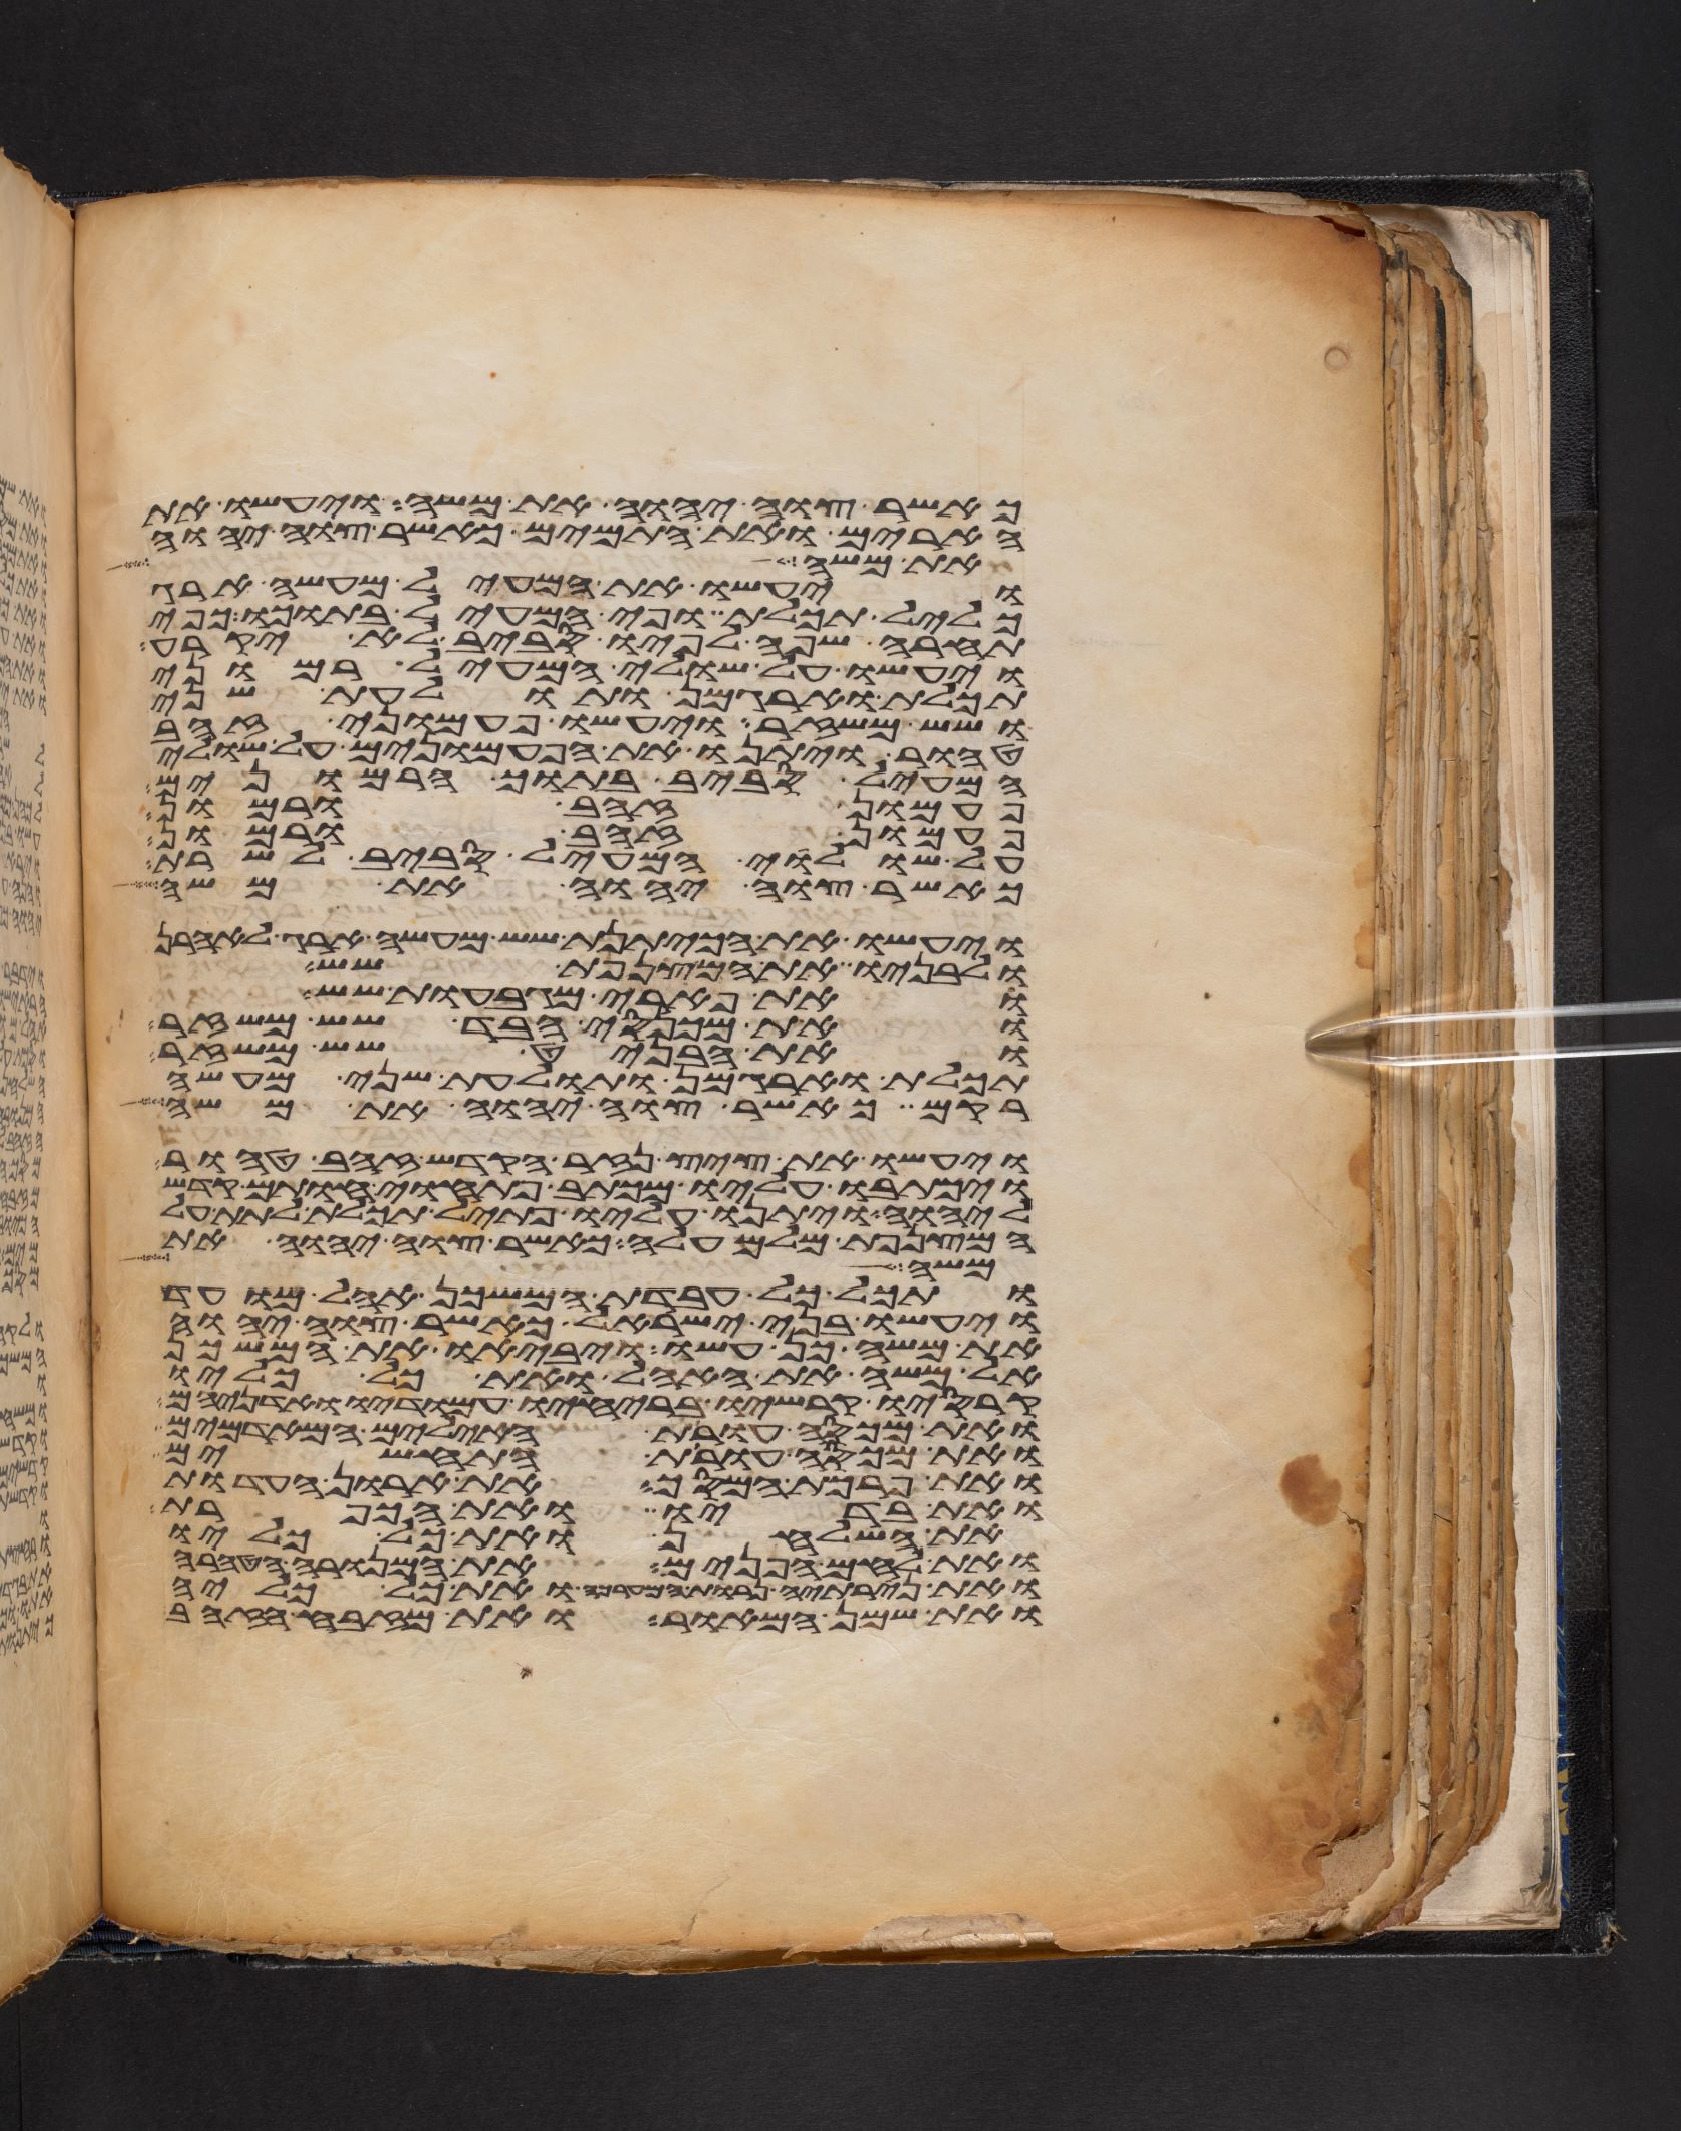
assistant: כאשר צוה יהוה את משה ויעשו את
הארים ואת התמים כאשר צוה יהוה
את משה כן עשו בני
ויעשו את המעיל מעשה ארג
כליל תכלת ופי המעיל בתוכו כפי
תחרה שפה לפיו סביב לא יקרע
ויעשו על שולי המעיל רמוני
תכלת וארגמן ותולעת שני
ושש משזר ויעשו פעמוני זהב
טהור ויתנו את הפעמונים על שולי
המעיל סביב בתוך הרמונים
פעמון זהב ורמון
פעמון זהב ורמון
על שולי המעיל סביב לשרת
כאשר צוה יהוה את משה
ויעשו את הכיתנת שש מעשה ארג לאהרן
ולבניו ואת המצנפת שש
ואת פארי המגבעות שש
ואת מכנסי הבד שש משזר
ואת האבניט שש משזר
תכלת וארגמן ותולעת שני מעשה
רקם כאשר צוה יהוה את משה
ויעשו את ציץ נזר הקדש זהב טהור
ויכתבו עליו מכתב פתוחי חותם קדש
ליהוה ויתנו עליו פתיל תכלת לתת על
המצנפת מלמעלה כאשר צוה יהוה את
למשה לך לשלום
ותכל כל עבדת המשכן אהל מועד
ויעשו בני ישראל כאשר צוה יהוה
את משה כן עשו ויביאו את המשכן
אל משה את האהל ואת כל כליו
קרסיו קרשיו בריחיו עמודיו ואדניהם
ואת מכסה עורת האילים המאדמים
ואת מכסה עורת התחשים
ואת פרכת המסך את ארון העדות
ואת בדיו ואת הכפרת
את השלחן ואת כל כליו
ואת לחם הפנים את המנורה הטהרה
ואת נרתיה נרות המערכה ואת כל כליה
ואת שמן המאור את מזבח הזהב